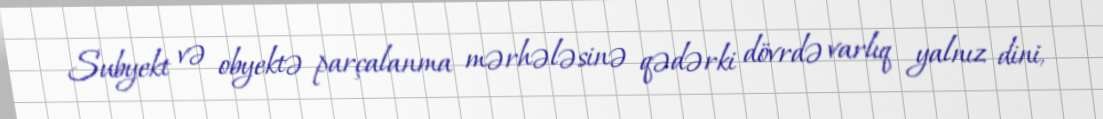
Subyekt və obyektə parçalanma mərhələsinə qədərki dövrdə varlıq yalnız dini,